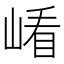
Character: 𡺗